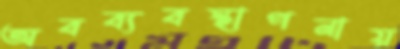
অবব্যবস্থাপনায়